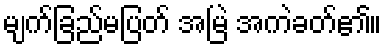
မျက်ခြည်မပြတ် အမြဲ အကဲခတ်၏။